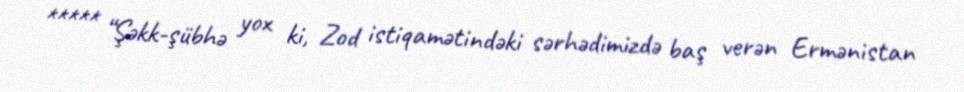
***** “Şəkk-şübhə yox ki, Zod istiqamətindəki sərhədimizdə baş verən Ermənistan